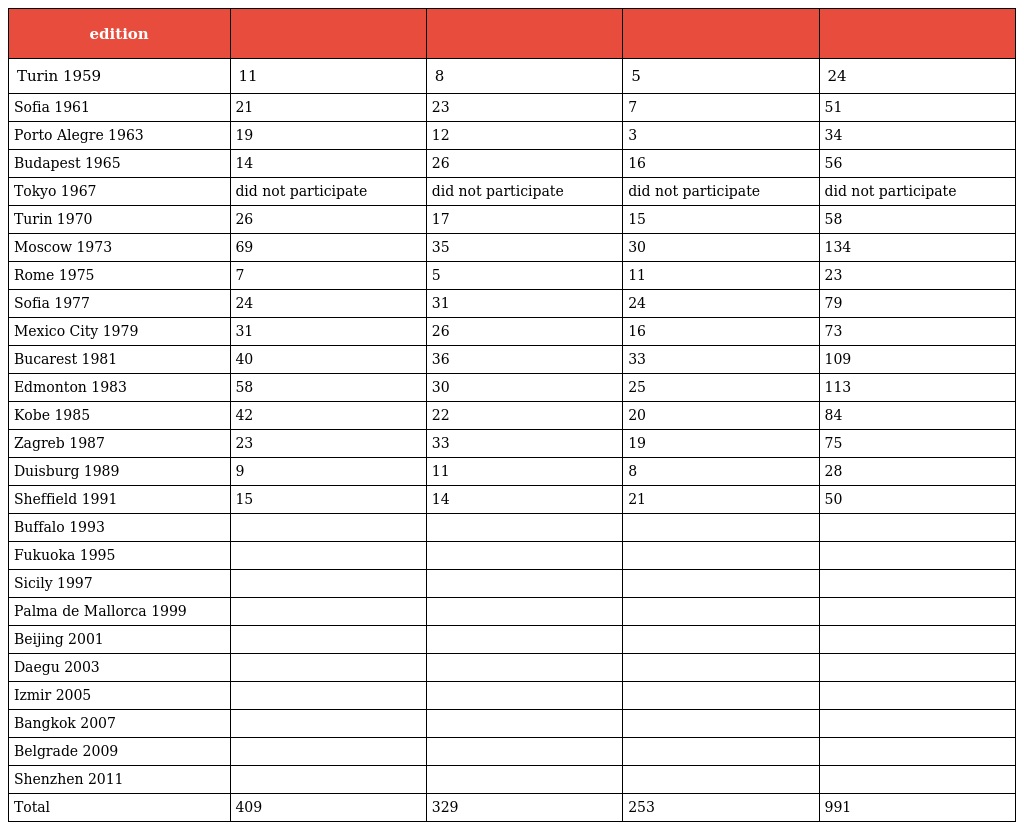
| edition |  |  |  |  |
 | --- | --- | --- | --- | --- |
 | Turin 1959 | 11 | 8 | 5 | 24 |
 | Sofia 1961 | 21 | 23 | 7 | 51 |
 | Porto Alegre 1963 | 19 | 12 | 3 | 34 |
 | Budapest 1965 | 14 | 26 | 16 | 56 |
 | Tokyo 1967 | did not participate | did not participate | did not participate | did not participate |
 | Turin 1970 | 26 | 17 | 15 | 58 |
 | Moscow 1973 | 69 | 35 | 30 | 134 |
 | Rome 1975 | 7 | 5 | 11 | 23 |
 | Sofia 1977 | 24 | 31 | 24 | 79 |
 | Mexico City 1979 | 31 | 26 | 16 | 73 |
 | Bucarest 1981 | 40 | 36 | 33 | 109 |
 | Edmonton 1983 | 58 | 30 | 25 | 113 |
 | Kobe 1985 | 42 | 22 | 20 | 84 |
 | Zagreb 1987 | 23 | 33 | 19 | 75 |
 | Duisburg 1989 | 9 | 11 | 8 | 28 |
 | Sheffield 1991 | 15 | 14 | 21 | 50 |
 | Buffalo 1993 |  |  |  |  |
 | Fukuoka 1995 |  |  |  |  |
 | Sicily 1997 |  |  |  |  |
 | Palma de Mallorca 1999 |  |  |  |  |
 | Beijing 2001 |  |  |  |  |
 | Daegu 2003 |  |  |  |  |
 | Izmir 2005 |  |  |  |  |
 | Bangkok 2007 |  |  |  |  |
 | Belgrade 2009 |  |  |  |  |
 | Shenzhen 2011 |  |  |  |  |
 | Total | 409 | 329 | 253 | 991 |